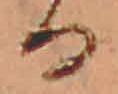
る